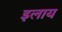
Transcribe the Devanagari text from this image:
इलाय